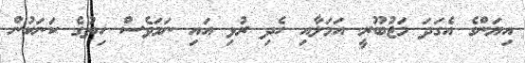
އިޔަންގެ އެގަދަ މަޖުބޫރީ އަމަލާއި ހެދި ރުޅި އައި ނަމަވެސް ހިތުގެ ކަނަކުން